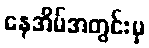
နေအိမ်အတွင်းမှ